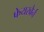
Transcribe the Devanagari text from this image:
फेयरबैर्न